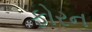
ફોરન